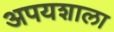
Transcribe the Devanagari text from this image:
अपयशाला